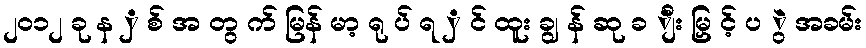
၂၀၁၂ ခု န ှ စ် အ တွ က် မြန် မာ့ ရု ပ် ရ ှ င် ထူး ချွ န် ဆု ခ ျီး မြှ င့် ပ ွဲ အခမ်း